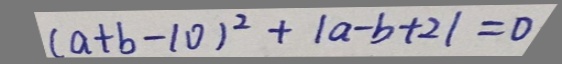
( a + b - 1 0 ) ^ { 2 } + \vert a - b + 2 \vert = 0